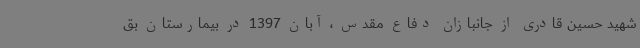
شهید حسین قادری از جانبازان دفاع مقدس ، آبان 1397 در بیمارستان بق